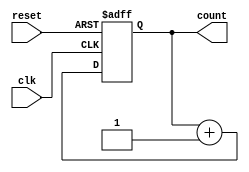
module async_counter #(
    parameter N = 4 // Number of bits in the counter
)(
    input wire clk,          // Clock input
    input wire reset,        // Asynchronous reset input
    output reg [N-1:0] count // N-bit counter output
);

// Asynchronous counter logic
always @(posedge clk or posedge reset) begin
    if (reset) begin
        count <= 0; // Reset counter to 0
    end else begin
        count <= count + 1; // Increment counter
    end
end

endmodule